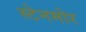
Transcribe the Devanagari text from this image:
स्टेनमोर